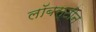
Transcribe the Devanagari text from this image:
लॉबस्टीन